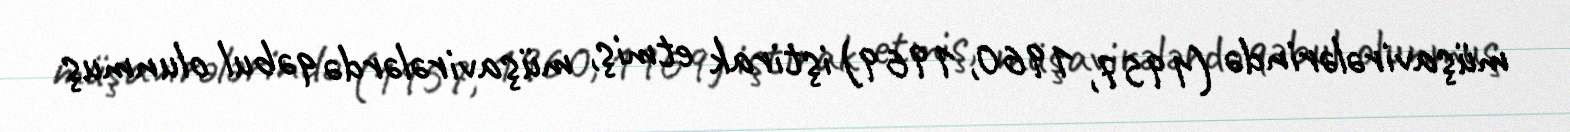
müşavirələrində (1957, 1960, 1969) iştirak etmiş, müşavirələrdə qəbul olunmuş